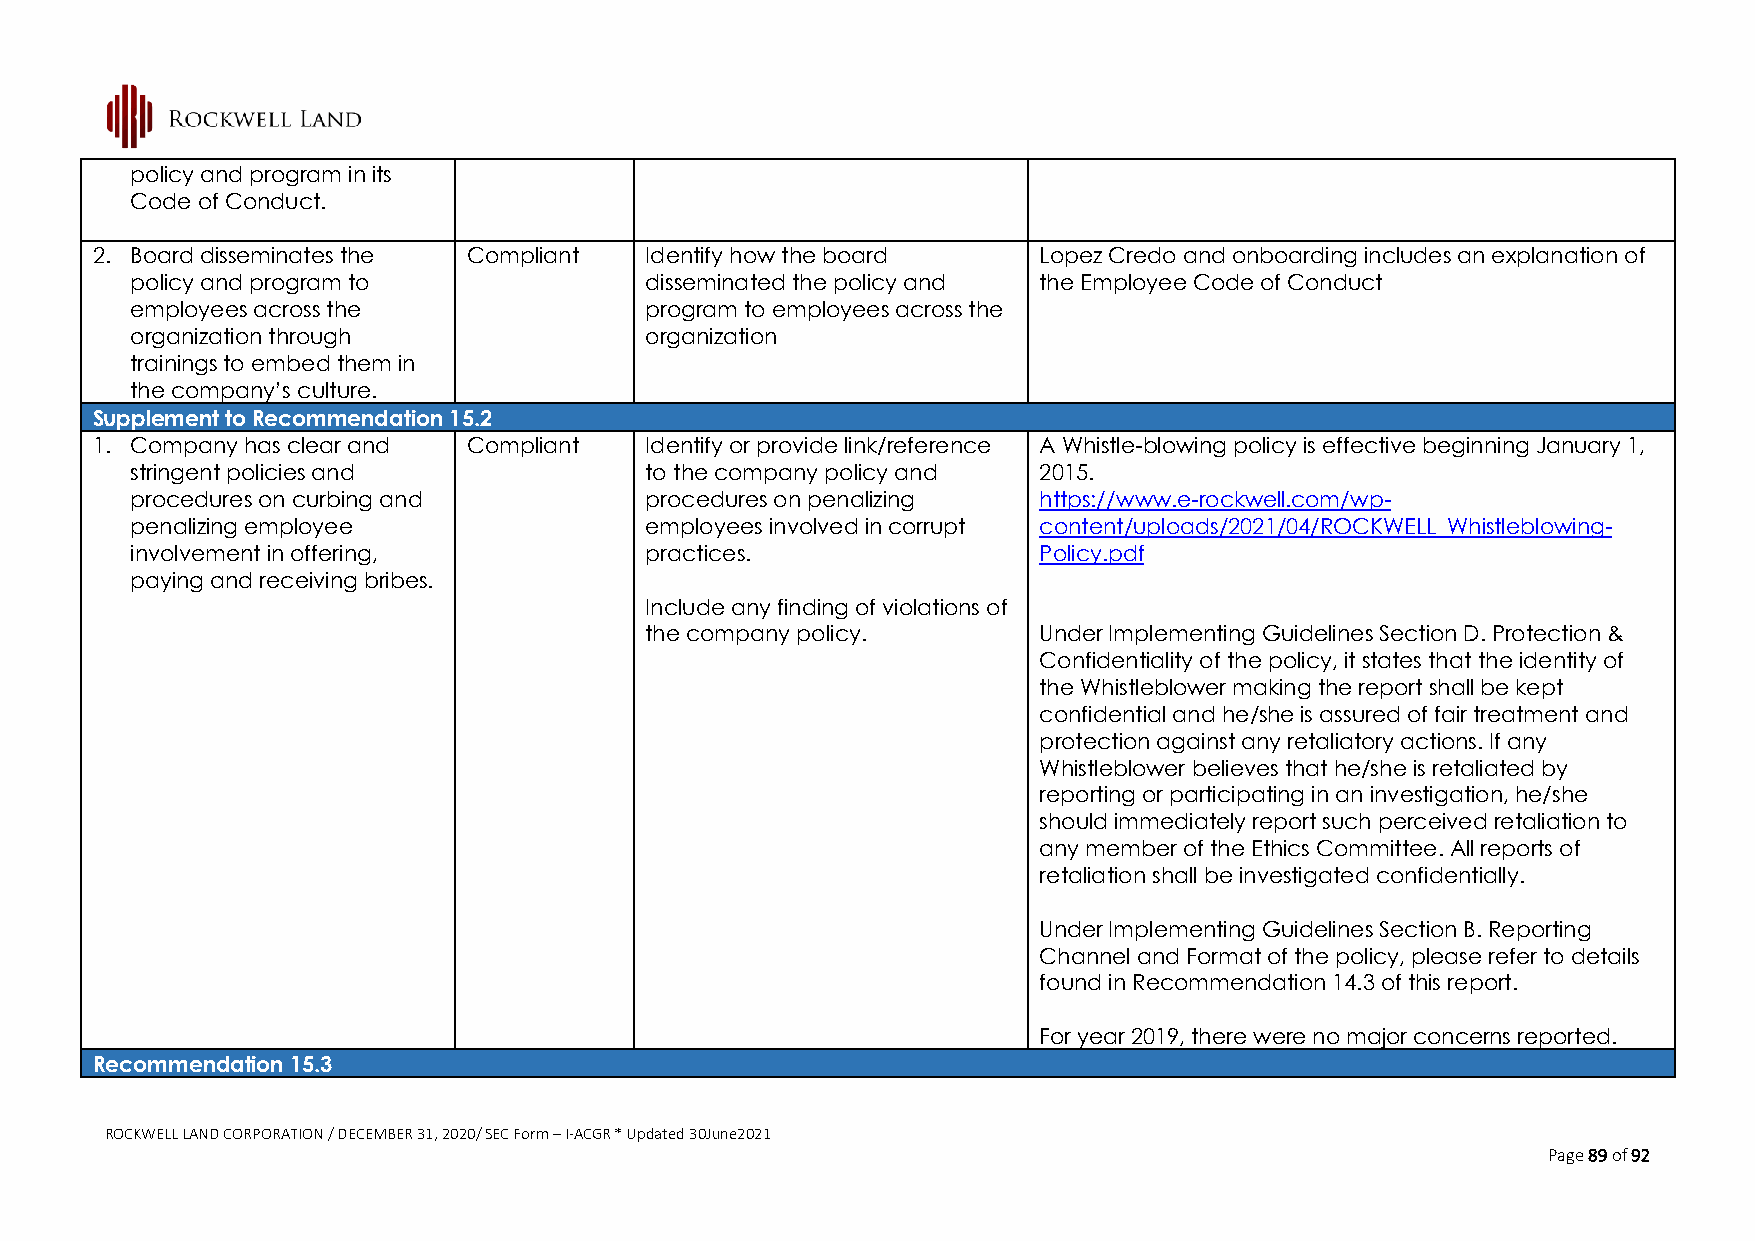
policy and program in its
 Code of Conduct.
 2. Board disseminates the Compliant  Identify how the board    Lopez Credo and onboarding includes an explanation of
 policy and program to             disseminated the policy and the Employee Code of Conduct
 employees across the              program to employees across the
 organization through              organization
 trainings to embed them in
 the company’s culture.
 Supplement to Recommendation 15.2
 1. Company has clear and Compliant   Identify or provide link/reference A Whistle-blowing policy is effective beginning January 1,
 stringent policies and            to the company policy and 2015.
 procedures on curbing and         procedures on penalizing  https://www.e-rockwell.com/wp-
 penalizing employee               employees involved in corrupt content/uploads/2021/04/ROCKWELL_Whistleblowing-
 involvement in offering,          practices.                Policy.pdf
 paying and receiving bribes.
 Include any finding of violations of
 the company policy.       Under Implementing Guidelines Section D. Protection &
 Confidentiality of the policy, it states that the identity of
 the Whistleblower making the report shall be kept
 confidential and he/she is assured of fair treatment and
 protection against any retaliatory actions. If any
 Whistleblower believes that he/she is retaliated by
 reporting or participating in an investigation, he/she
 should immediately report such perceived retaliation to
 any member of the Ethics Committee. All reports of
 retaliation shall be investigated confidentially.
 Under Implementing Guidelines Section B. Reporting
 Channel and Format of the policy, please refer to details
 found in Recommendation 14.3 of this report.
 For year 2019, there were no major concerns reported.
 Recommendation 15.3
 ROCKWELL LAND CORPORATION / DECEMBER 31, 2020/ SEC Form – I-ACGR * Updated 30June2021
 Page 89 of 92